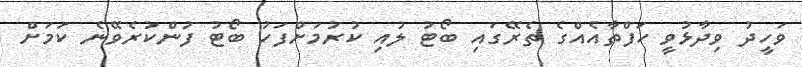
ވަހީދު ވިދާޅުވީ ހަފްތާއެއްގެ ތެރޭގައި ބޯޓު ލުއި ކުރުމަށްފަހު ބޯޓު ފުންކުރެވޭނެ ކަމަށް